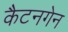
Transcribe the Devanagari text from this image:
कैटनगेन